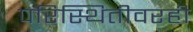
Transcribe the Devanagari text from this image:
परिस्थितीवरही